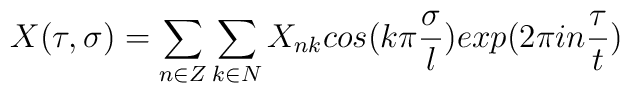
X(\tau,\sigma)=\sum_{n\in Z}\sum_{k\in N}X_{nk}cos(k\pi\frac{\sigma}{l})exp(2\pi in\frac{\tau}{t})